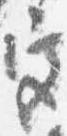
宮